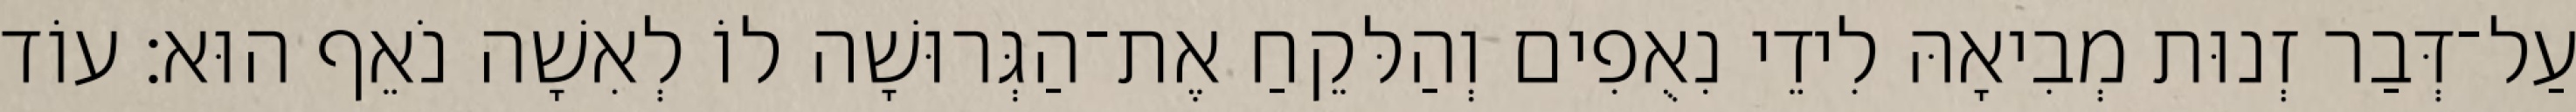
עַל־דְּבַר זְנוּת מְבִיאָהּ לִידֵי נִאֻפִים וְהַלּקֵחַ אֶת־הַגְּרוּשָׁה לוֹ לְאִשָׁה נֹאֵף הוּא׃ עוֹד